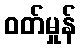
ဝတ်မှုန်